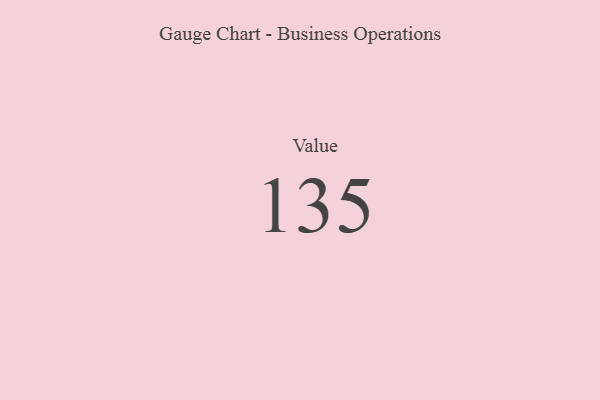
{"axis": {"x": "Metric", "y": "Value"}, "legend": [""], "data": [{"x": "Value", "y": 135, "type": ""}]}